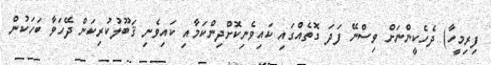
ފިރިމީހާ) ދެހެކީންނަށް ވިސްނޭ ފަދަ ގޮތެއްގައި ކައިވެނިކޮށްދިންކަމާއި ކައިވެނި ޤަބޫލުކުރިކަން ދޭހަވާ ބަހަކުން